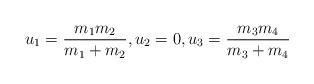
LaTeX: \begin{align*}u_1=\frac{m_1m_2}{m_1+m_2},u_2=0,u_3=\frac{m_3m_4}{m_3+m_4}\end{align*}